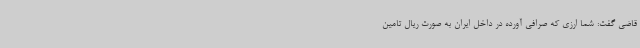
قاضی گفت: شما ارزی که صرافی آورده در داخل ایران به صورت ریال تامین